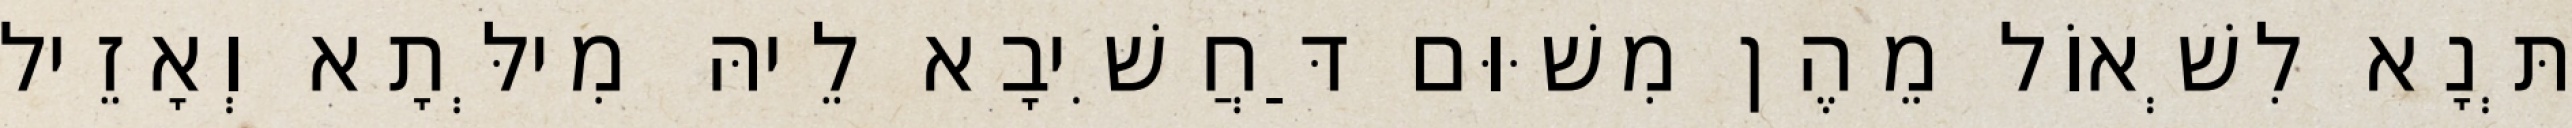
תְּנָא לִשְׁאוֹל מֵהֶן מִשּׁוּם דַּחֲשִׁיבָא לֵיהּ מִילְּתָא וְאָזֵיל